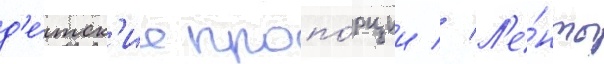
д'е́тск'ие пропо́рции // Л'е́нты